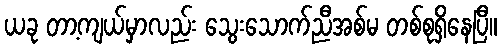
ယခု တာ့ကျယ်မှာလည်း သွေးသောက်ညီအစ်မ တစ်စုရှိနေပြီ။